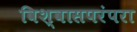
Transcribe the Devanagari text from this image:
विश्वासपरंपरा